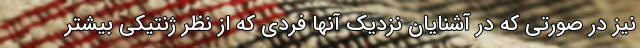
نیز در صورتی که در آشنایان نزدیک آنها فردی که از نظر ژنتیکی بیشتر